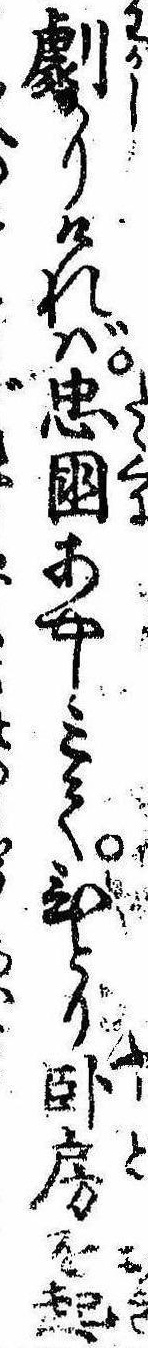
劇かりければ忠国あやしみてひとり臥房を起